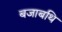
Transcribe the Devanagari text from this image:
बजाबथि